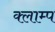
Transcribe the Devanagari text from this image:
क्लाम्प